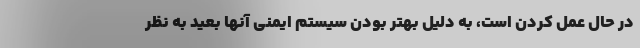
در حال عمل کردن است، به دلیل بهتر بودن سیستم ایمنی آنها بعید به نظر